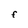
Character: F